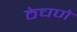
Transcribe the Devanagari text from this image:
ठेचणे